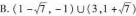
B. $$(1- \sqrt{7},-1)\cup(3,1+ \sqrt{7})$$